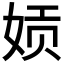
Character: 𫝪